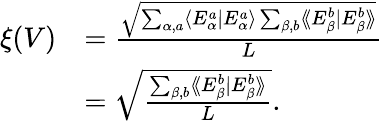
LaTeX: \begin{array}{rl}{\xi(V)}&{=\frac{\sqrt{\sum_{\alpha,a}\langle E_{\alpha}^{a}|E_{\alpha}^{a}\rangle\sum_{\beta,b}\langle\! \langle E_{\beta}^{b}|E_{\beta}^{b}\rangle\! \rangle}}{L}}\\ &{=\sqrt{\frac{\sum_{\beta,b}\langle\! \langle E_{\beta}^{b}|E_{\beta}^{b}\rangle\! \rangle}{L}}.}\end{array}